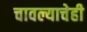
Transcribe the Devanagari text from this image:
चावल्याचेही